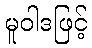
မူဝါဒဖြင့်